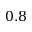
0 . 8